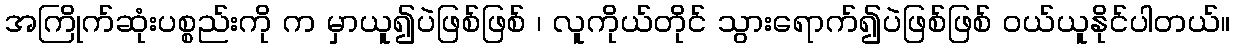
အကြိုက်ဆုံးပစ္စည်းကို က မှာယူ၍ပဲဖြစ်ဖြစ် ၊ လူကိုယ်တိုင် သွားရောက်၍ပဲဖြစ်ဖြစ် ဝယ်ယူနိုင်ပါတယ်။